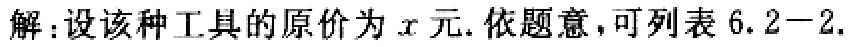
解：设该种工具的原价为\(x\)元. 依题意，可列表 \(6.2 - 2.\)